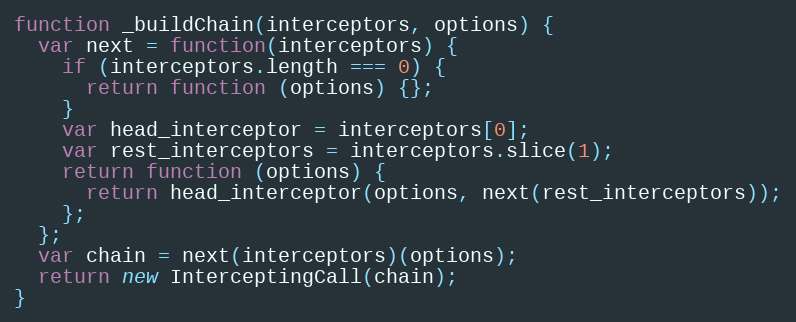
Language: JavaScript
function _buildChain(interceptors, options) {
  var next = function(interceptors) {
    if (interceptors.length === 0) {
      return function (options) {};
    }
    var head_interceptor = interceptors[0];
    var rest_interceptors = interceptors.slice(1);
    return function (options) {
      return head_interceptor(options, next(rest_interceptors));
    };
  };
  var chain = next(interceptors)(options);
  return new InterceptingCall(chain);
}